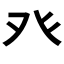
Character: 癶